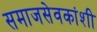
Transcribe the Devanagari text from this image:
समाजसेवकांशी